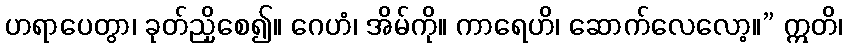
ဟရာပေတွာ၊ ခုတ်ညှိစေ၍။ ဂေဟံ၊ အိမ်ကို။ ကာရေဟိ၊ ဆောက်လေလော့။” ဣတိ၊